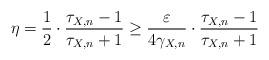
LaTeX: \begin{align*} \eta = \frac12 \cdot \frac{\tau_{X,n}-1}{\tau_{X,n}+1} \ge \frac{\varepsilon}{4\gamma_{X,n}} \cdot \frac{\tau_{X,n}-1}{\tau_{X,n}+1}\end{align*}